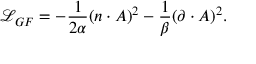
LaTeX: \mathcal { L } _ { G F } = - \frac { 1 } { 2 \alpha } ( n \cdot A ) ^ { 2 } - \frac { 1 } { \beta } ( \partial \cdot A ) ^ { 2 } .